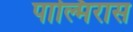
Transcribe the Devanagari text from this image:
पाल्मिरास